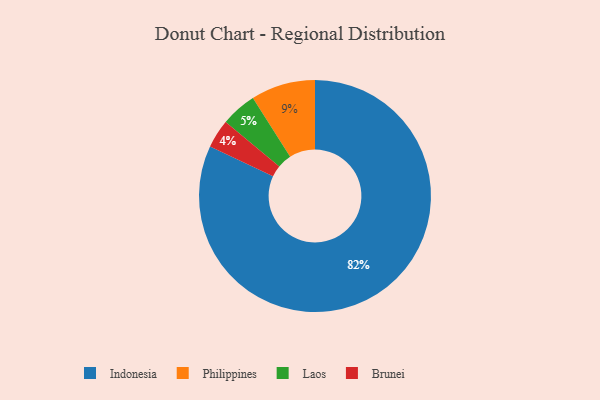
{"axis": {"x": "Category", "y": "Percentage"}, "legend": ["Brunei", "Indonesia", "Laos", "Philippines"], "data": [{"x": "Brunei", "y": 4, "type": "Brunei"}, {"x": "Laos", "y": 5, "type": "Laos"}, {"x": "Philippines", "y": 9, "type": "Philippines"}, {"x": "Indonesia", "y": 82, "type": "Indonesia"}]}